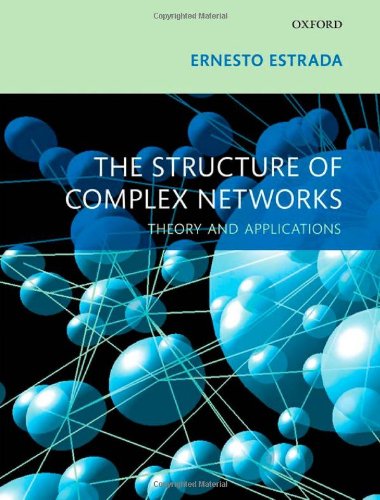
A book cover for The Structure of Complex Networks: Theory and Applications; Ernesto Estrada; Science & Math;